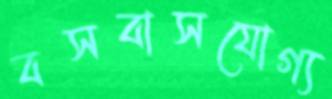
বসবাসযোগ্য